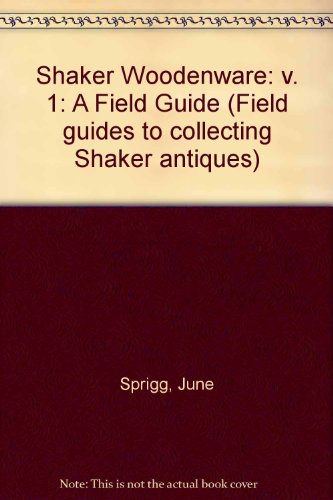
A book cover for Shaker Woodenware: A Field Guide (Field Guides to Collecting Shaker Antiques) (Volume 1); June Sprigg; Christian Books & Bibles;